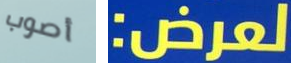
أصوب لعرض: